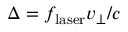
\Delta = f _ { \mathrm { l a s e r } } v _ { \perp } / c